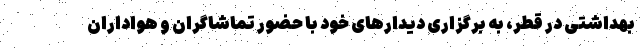
بهداشتی در قطر، به برگزاری دیدارهای خود با حضور تماشاگران و هواداران